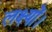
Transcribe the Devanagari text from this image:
लक्ष्यों।